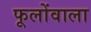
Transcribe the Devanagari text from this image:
फूलोंवाला